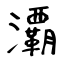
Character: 㶚